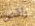
راقص